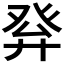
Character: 𤼪